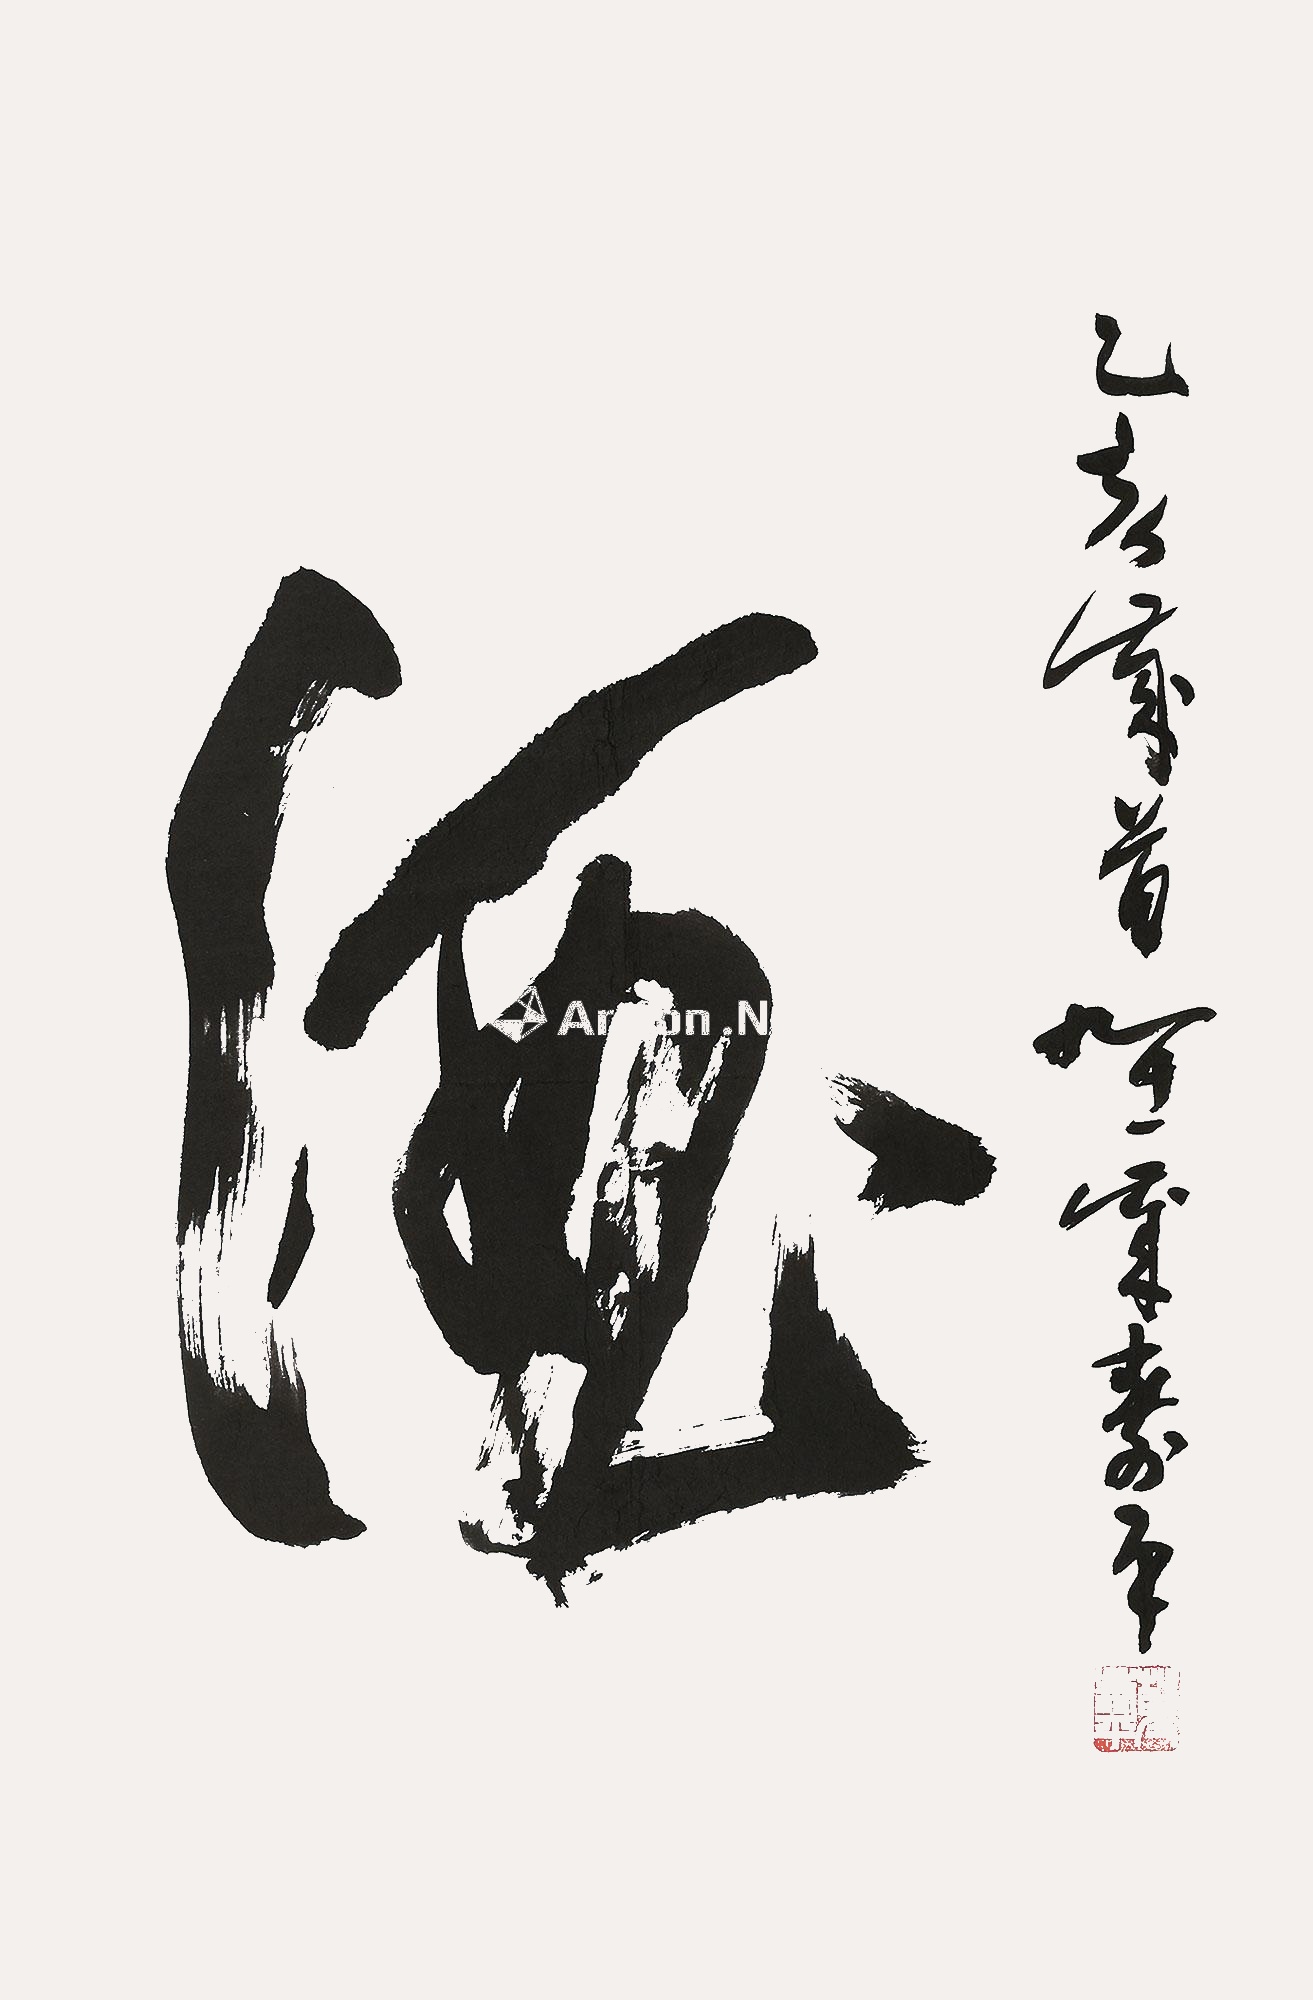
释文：酒乙亥岁首九十一岁寿平。